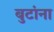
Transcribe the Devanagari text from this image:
बुटांना